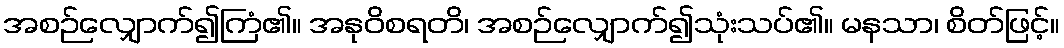
အစဉ်လျှောက်၍ကြံ၏။ အနုဝိစရတိ၊ အစဉ်လျှောက်၍သုံးသပ်၏။ မနသာ၊ စိတ်ဖြင့်။